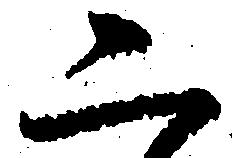
二